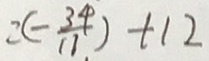
= ( - \frac { 3 4 } { 1 1 } ) + 1 2